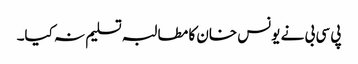
پی سی بی نے یونس خان کا مطالبہ تسلیم نہ کیا۔